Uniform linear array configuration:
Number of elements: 48
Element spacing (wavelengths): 0.5
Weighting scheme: hann
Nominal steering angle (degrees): -60
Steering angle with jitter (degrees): -59.586
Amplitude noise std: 0.05
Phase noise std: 0.05

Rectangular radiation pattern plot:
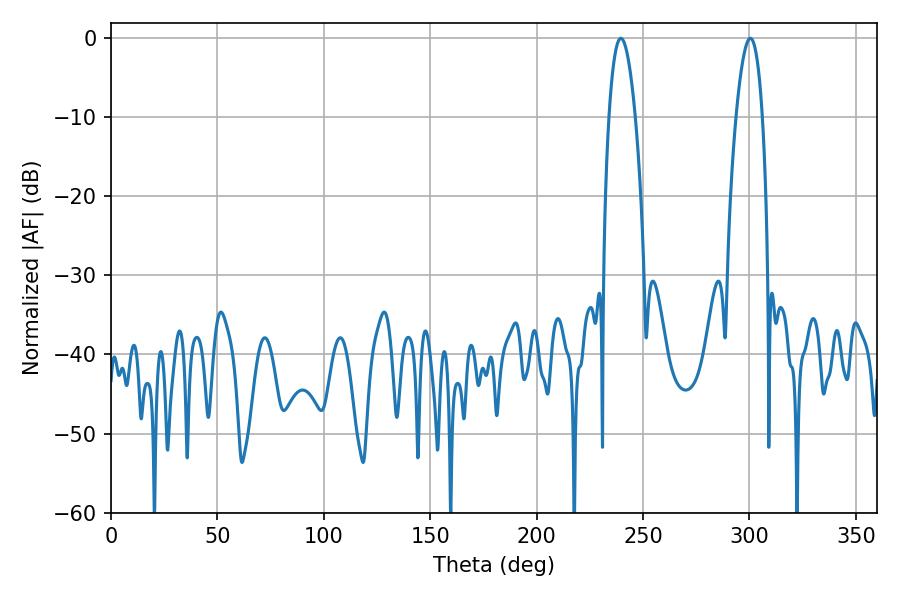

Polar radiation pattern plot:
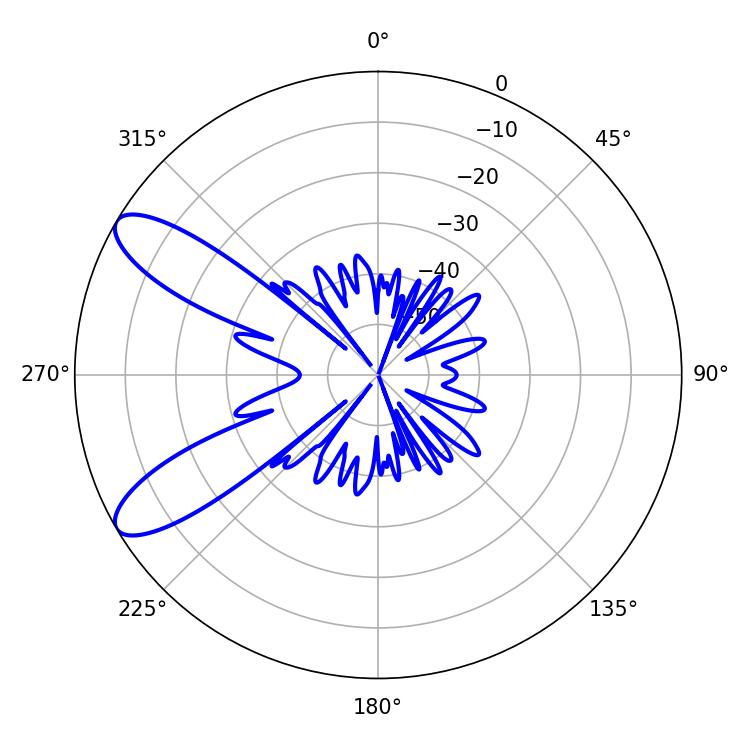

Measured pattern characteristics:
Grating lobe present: FALSE
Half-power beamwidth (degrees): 6.84
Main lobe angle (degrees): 239.58